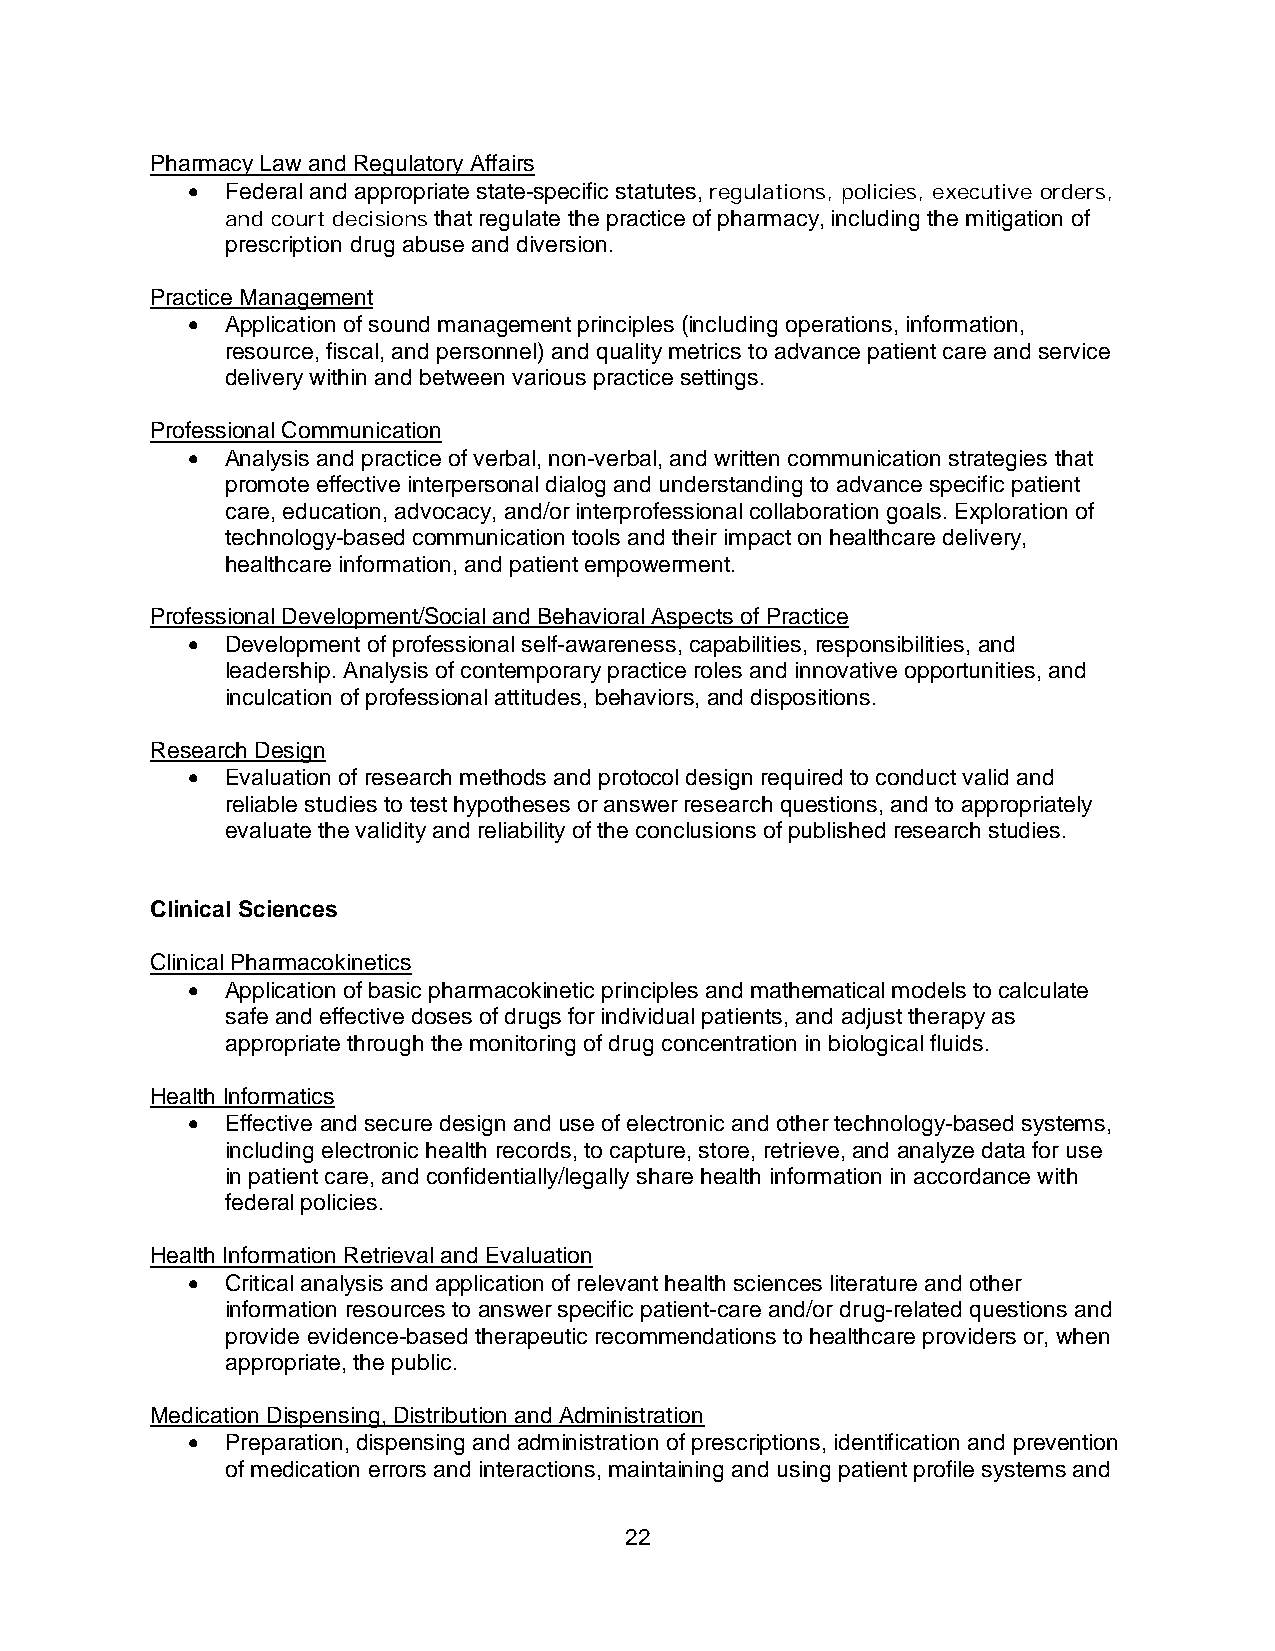
Pharmacy Law and Regulatory Affairs
 •  Federal and appropriate state-specific statutes, regulations, policies, executive orders,
 and court decisions that regulate the practice of pharmacy, including the mitigation of
 prescription drug abuse and diversion.
 Practice Management
 •  Application of sound management principles (including operations, information,
 resource, fiscal, and personnel) and quality metrics to advance patient care and service
 delivery within and between various practice settings.
 Professional Communication
 •  Analysis and practice of verbal, non-verbal, and written communication strategies that
 promote effective interpersonal dialog and understanding to advance specific patient
 care, education, advocacy, and/or interprofessional collaboration goals. Exploration of
 technology-based communication tools and their impact on healthcare delivery,
 healthcare information, and patient empowerment.
 Professional Development/Social and Behavioral Aspects of Practice
 •  Development of professional self-awareness, capabilities, responsibilities, and
 leadership. Analysis of contemporary practice roles and innovative opportunities, and
 inculcation of professional attitudes, behaviors, and dispositions.
 Research Design
 •  Evaluation of research methods and protocol design required to conduct valid and
 reliable studies to test hypotheses or answer research questions, and to appropriately
 evaluate the validity and reliability of the conclusions of published research studies.
 Clinical Sciences
 Clinical Pharmacokinetics
 •  Application of basic pharmacokinetic principles and mathematical models to calculate
 safe and effective doses of drugs for individual patients, and adjust therapy as
 appropriate through the monitoring of drug concentration in biological fluids.
 Health Informatics
 •  Effective and secure design and use of electronic and other technology-based systems,
 including electronic health records, to capture, store, retrieve, and analyze data for use
 in patient care, and confidentially/legally share health information in accordance with
 federal policies.
 Health Information Retrieval and Evaluation
 •  Critical analysis and application of relevant health sciences literature and other
 information resources to answer specific patient-care and/or drug-related questions and
 provide evidence-based therapeutic recommendations to healthcare providers or, when
 appropriate, the public.
 Medication Dispensing, Distribution and Administration
 •  Preparation, dispensing and administration of prescriptions, identification and prevention
 of medication errors and interactions, maintaining and using patient profile systems and
 22